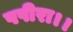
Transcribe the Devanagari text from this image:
पपीरा।।